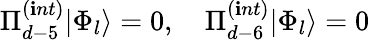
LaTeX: \Pi_{d-5}^{(\mathbf{i}nt)}|\Phi_{l}\rangle=0,\quad\Pi_{d-6}^{(\mathbf{i}nt)}|\Phi_{l}\rangle=0